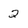
Character: 2